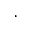
,